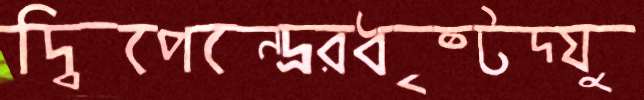
দ্বিপেন্দ্রেরধৃষ্টদ্যু